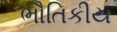
ભૌતિકીય